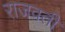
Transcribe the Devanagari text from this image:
राजवती